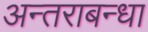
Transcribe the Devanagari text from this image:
अन्तराबन्धा